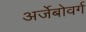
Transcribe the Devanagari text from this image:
अर्जेबोवर्ग